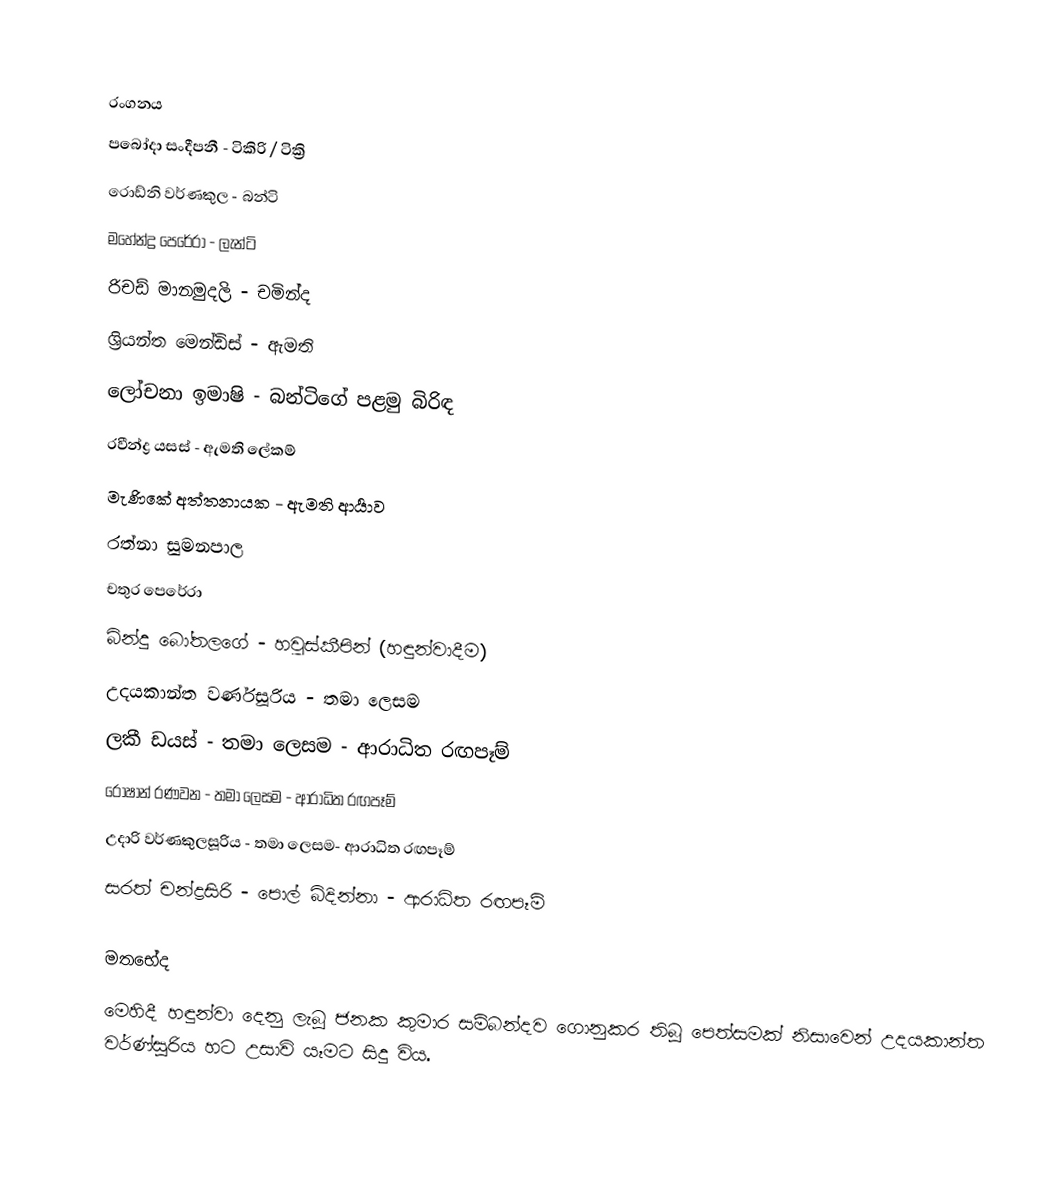

රංගනය
පබෝදා සංදීපනී - ටිකිරි / ටික්‍රි
රොඩ්නි වර්ණකුල - බන්ටි
මහේන්ද්‍ර පෙරේරා - ලැන්ටි
රිචඩ් මානමුදලි - චමින්ද
ශ්‍රියන්ත මෙන්ඩිස් - ඇමති
ලෝචනා ඉමාෂි - බන්ටිගේ පළමු බිරිඳ
රවීන්ද්‍ර යසස් - ඇමති ලේකම්
මැණිකේ අත්තනායක - ඇමති ආර්‍යාව
රත්නා සුමනපාල
චතුර පෙරේරා
බින්දු බෝතලගේ - හවුස්කීපින් (හඳුන්වාදීම)
උදයකාන්ත වර්ණසූරිය - තමා ලෙසම
ලකී ඩයස් - තමා ලෙසම - ආරාධිත රඟපෑම්
රොෂාන් රණවන - තමා ලෙසම - ආරාධිත රඟපෑම්
උදාරි වර්ණකුලසූරිය - තමා ලෙසම- ආරාධිත රඟපෑම්
සරත් චන්ද්‍රසිරි - පොල් බිදින්නා - ආරාධිත රඟපෑම්

මතභේද
මෙහිදී හඳුන්වා දෙනු ලැබූ ජනක කුමාර සම්බන්දව ගොනුකර තිබූ පෙත්සමක් නිසාවෙන් උදයකාන්ත වර්ණ්සූරිය හට උසාවි යෑමට සිදු විය.